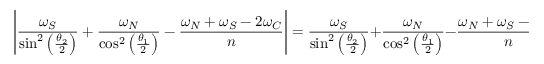
\left| \frac { \omega _ { S } } { \sin ^ { 2 } \left( \frac { \theta _ { 2 } } { 2 } \right) } + \frac { \omega _ { N } } { \cos ^ { 2 } \left( \frac { \theta _ { 1 } } { 2 } \right) } - \frac { \omega _ { N } + \omega _ { S } - 2 \omega _ { C } } { n } \right| = \frac { \omega _ { S } } { \sin ^ { 2 } \left( \frac { \theta _ { 2 } } { 2 } \right) } + \frac { \omega _ { N } } { \cos ^ { 2 } \left( \frac { \theta _ { 1 } } { 2 } \right) } - \frac { \omega _ { N } + \omega _ { S } - 2 \omega _ { C } } { n } ,